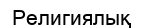
Религиялық